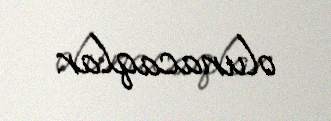
olunacaqlar.